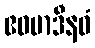
ဧဝမာဒီနဝံ